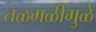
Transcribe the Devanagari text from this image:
तळमळीमुळे